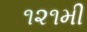
૧૨૧મી